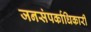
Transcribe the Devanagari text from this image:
जनसंपर्काधिकारी